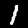
Digit: 1